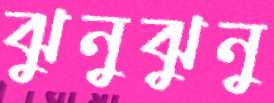
ঝুনুঝুনু